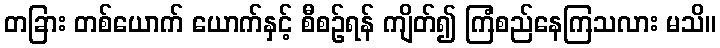
တခြား တစ်ယောက် ယောက်နှင့် စီစဉ်ရန် ကျိတ်၍ ကြံစည်နေကြသလား မသိ။